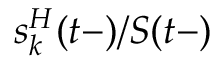
s _ { k } ^ { H } ( t - ) / S ( t - )